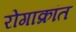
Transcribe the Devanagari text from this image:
रोगाक्रांत